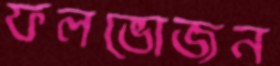
ফলভোজন